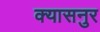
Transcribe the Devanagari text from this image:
क्यासनुर